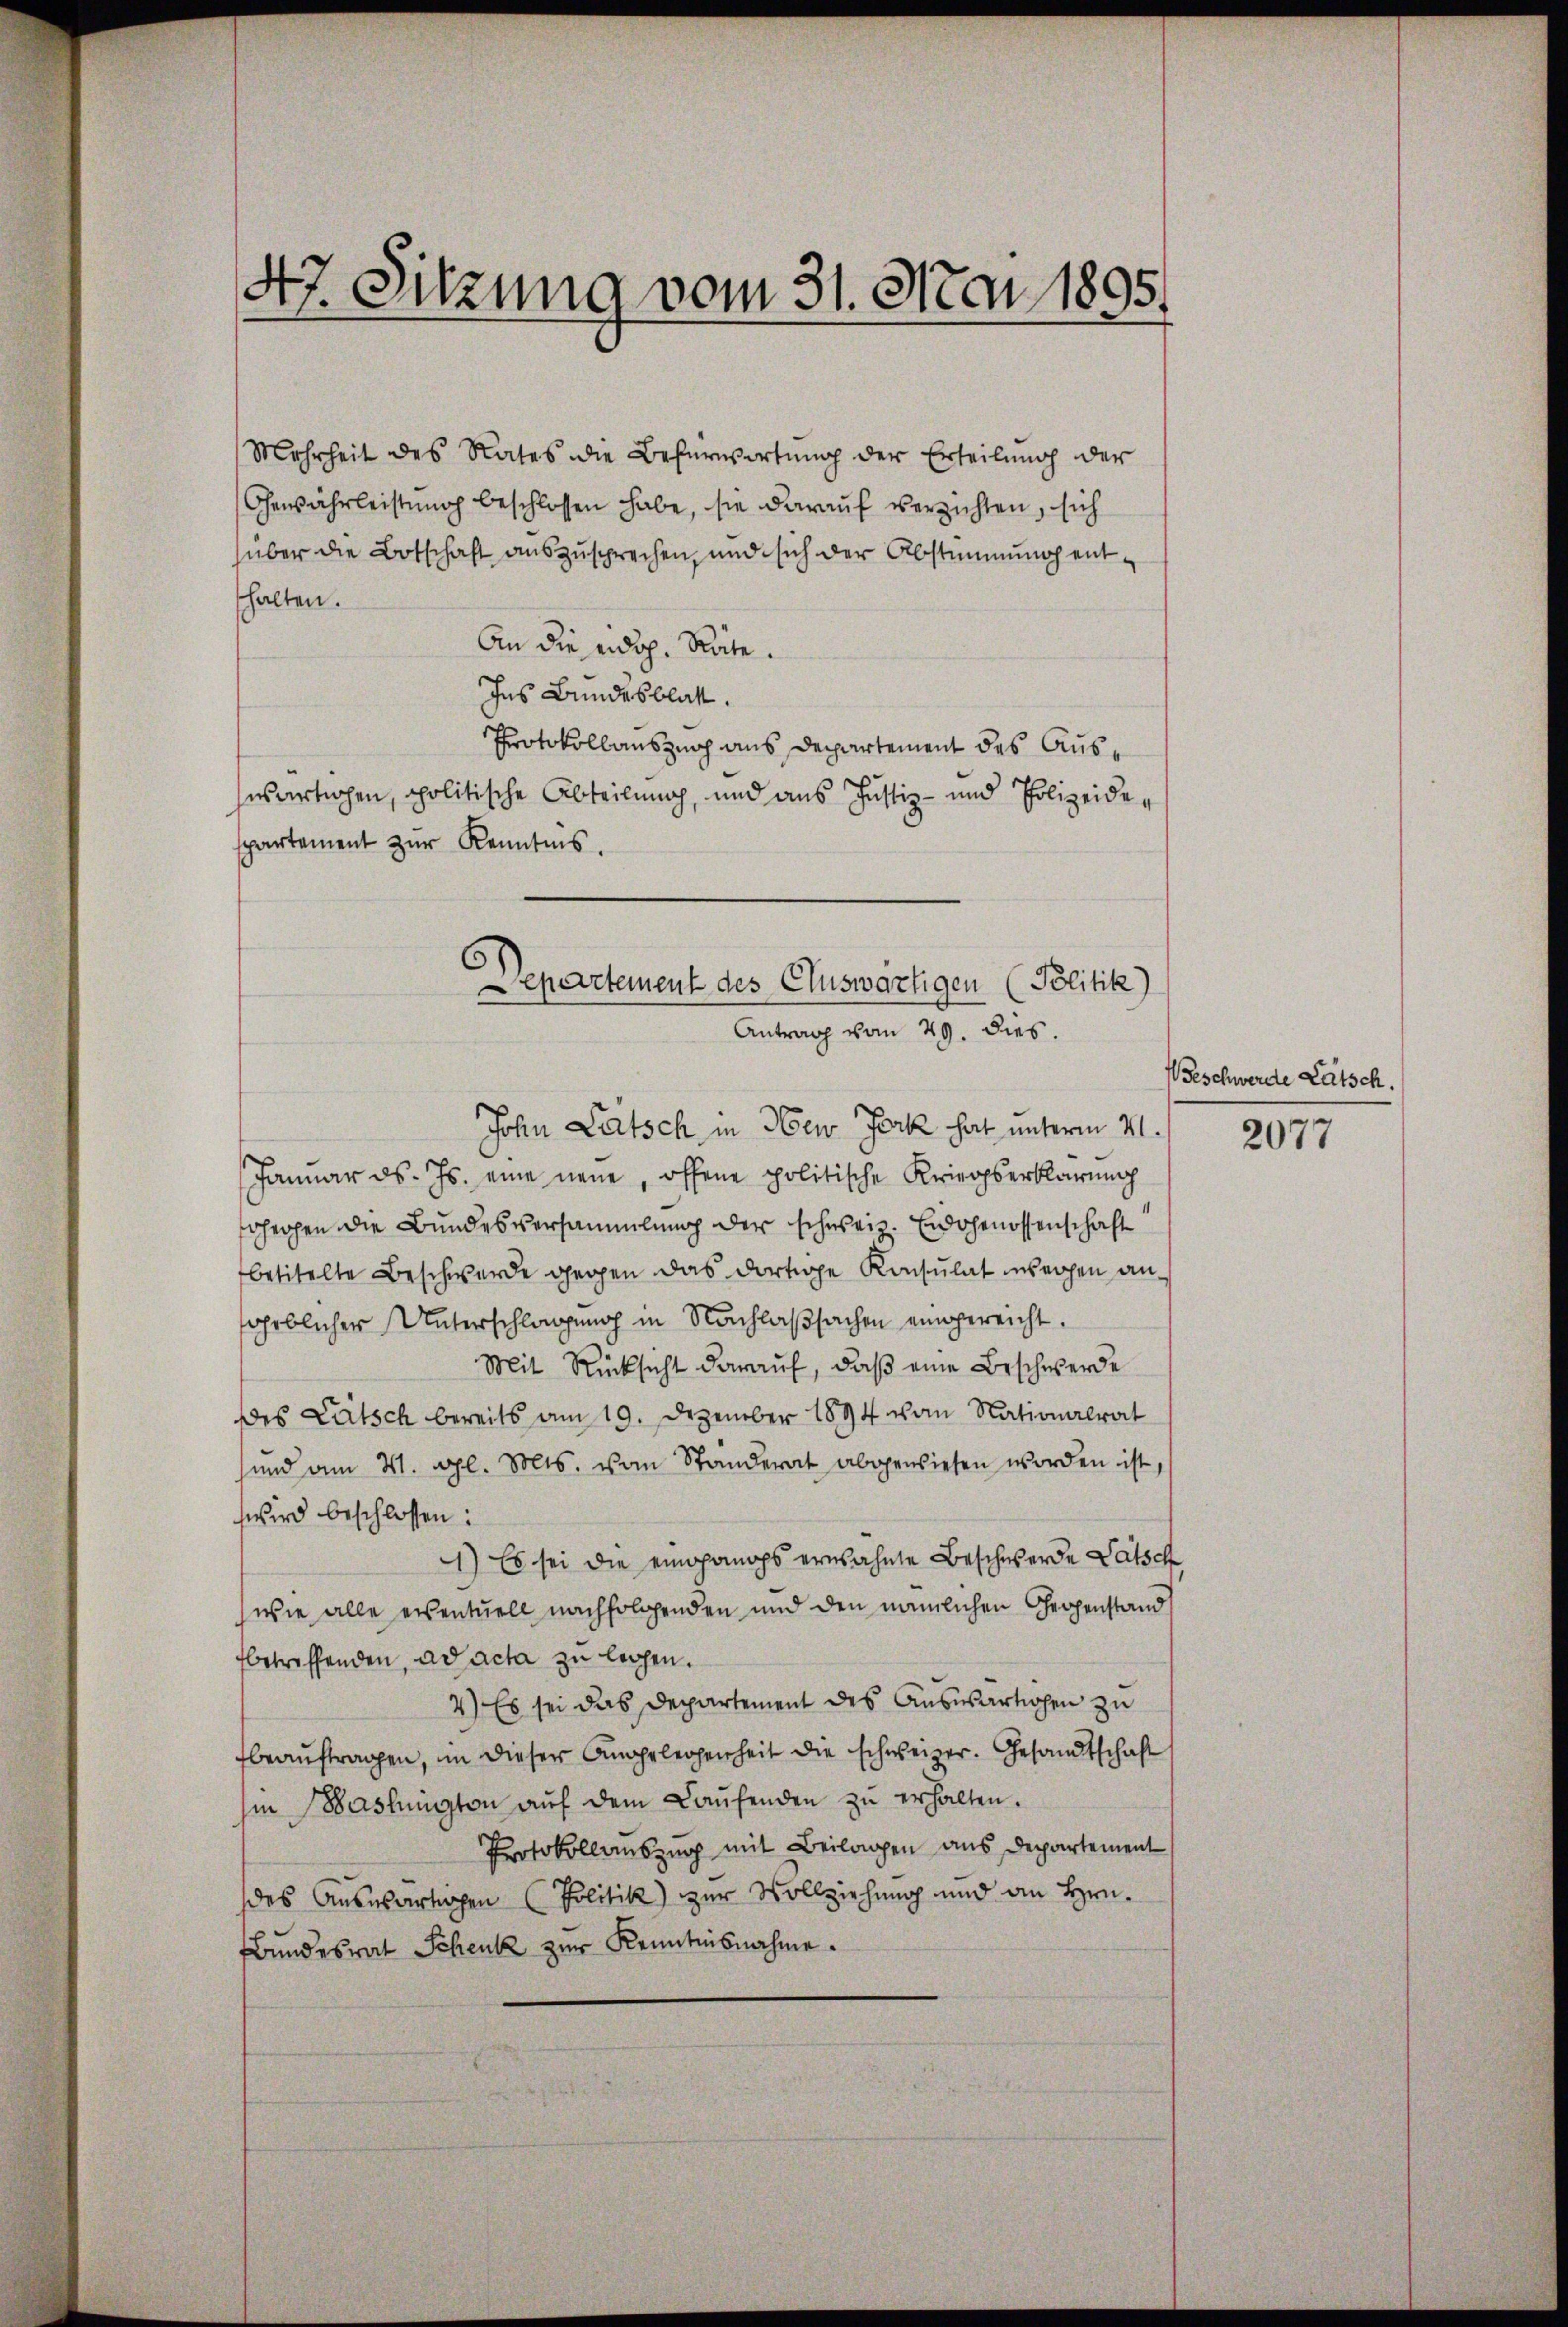
Mehrheit des Rates die Befürwortung der Erteilung der
Gewährleistung beschlossen habe, sie darauf verzichten, sich
über die Botschaft auszusprechen, und sich der Abstimmung enthalten.
An die eidg. Räte.
Ins Bundesblatt.
Protokollauszug aus Departement des Ausswärtigen, politische Abteilung, und aus Justiz- und Polizeidespartement zŭr Kenntnis.

47. Sitzung vom 31. Mai 1895.

Departement des Cluswärtigen (Politik
Antrag vom 29. dies.

John Latsch, in New Jork hat unterm 21.
Januar ds. Js. eine neue, offene politische Kriegserklärung
schehen die Bundesversammlung der schweiz. Eidgenossenschaft
betitelte Beschwerde gegen das dortige Konsulat weihen anfarblicher Unterschlagung in Nachlaßsachen eingereicht.
Mit Rücksicht darauf, daß eine Beschwerde
des Lätsch bereits am 19. Dezember 1894 von Nationalrat
sind am 4. gl. Mts. vom Ständerat abgewiesen worden ist,
wird beschlossen:
1) Es sei die eingangs erwähnte Beschwerde Patsch
wie alle eventuell nachfolgenden und den nämlichen Gespenstand
betreffenden, ad acta zu leihen.
2) Es sei das Departement des Auswärtigen zu
beaŭftragen, in dieser Angelegenheit die schweizer. Gesandtschaft
in Baslington aŭf dem Laŭfenden zŭ erhalten.
Protokollauszug mit Beilagen aus Departement
des Auswärtigen (Politik) zur Vollziehung und an Hrn.
Bŭndesrat Schenk zur Kenntnisnahme.

Weschwerde Lätsch.

2077